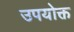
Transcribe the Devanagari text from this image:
उपयोक्त